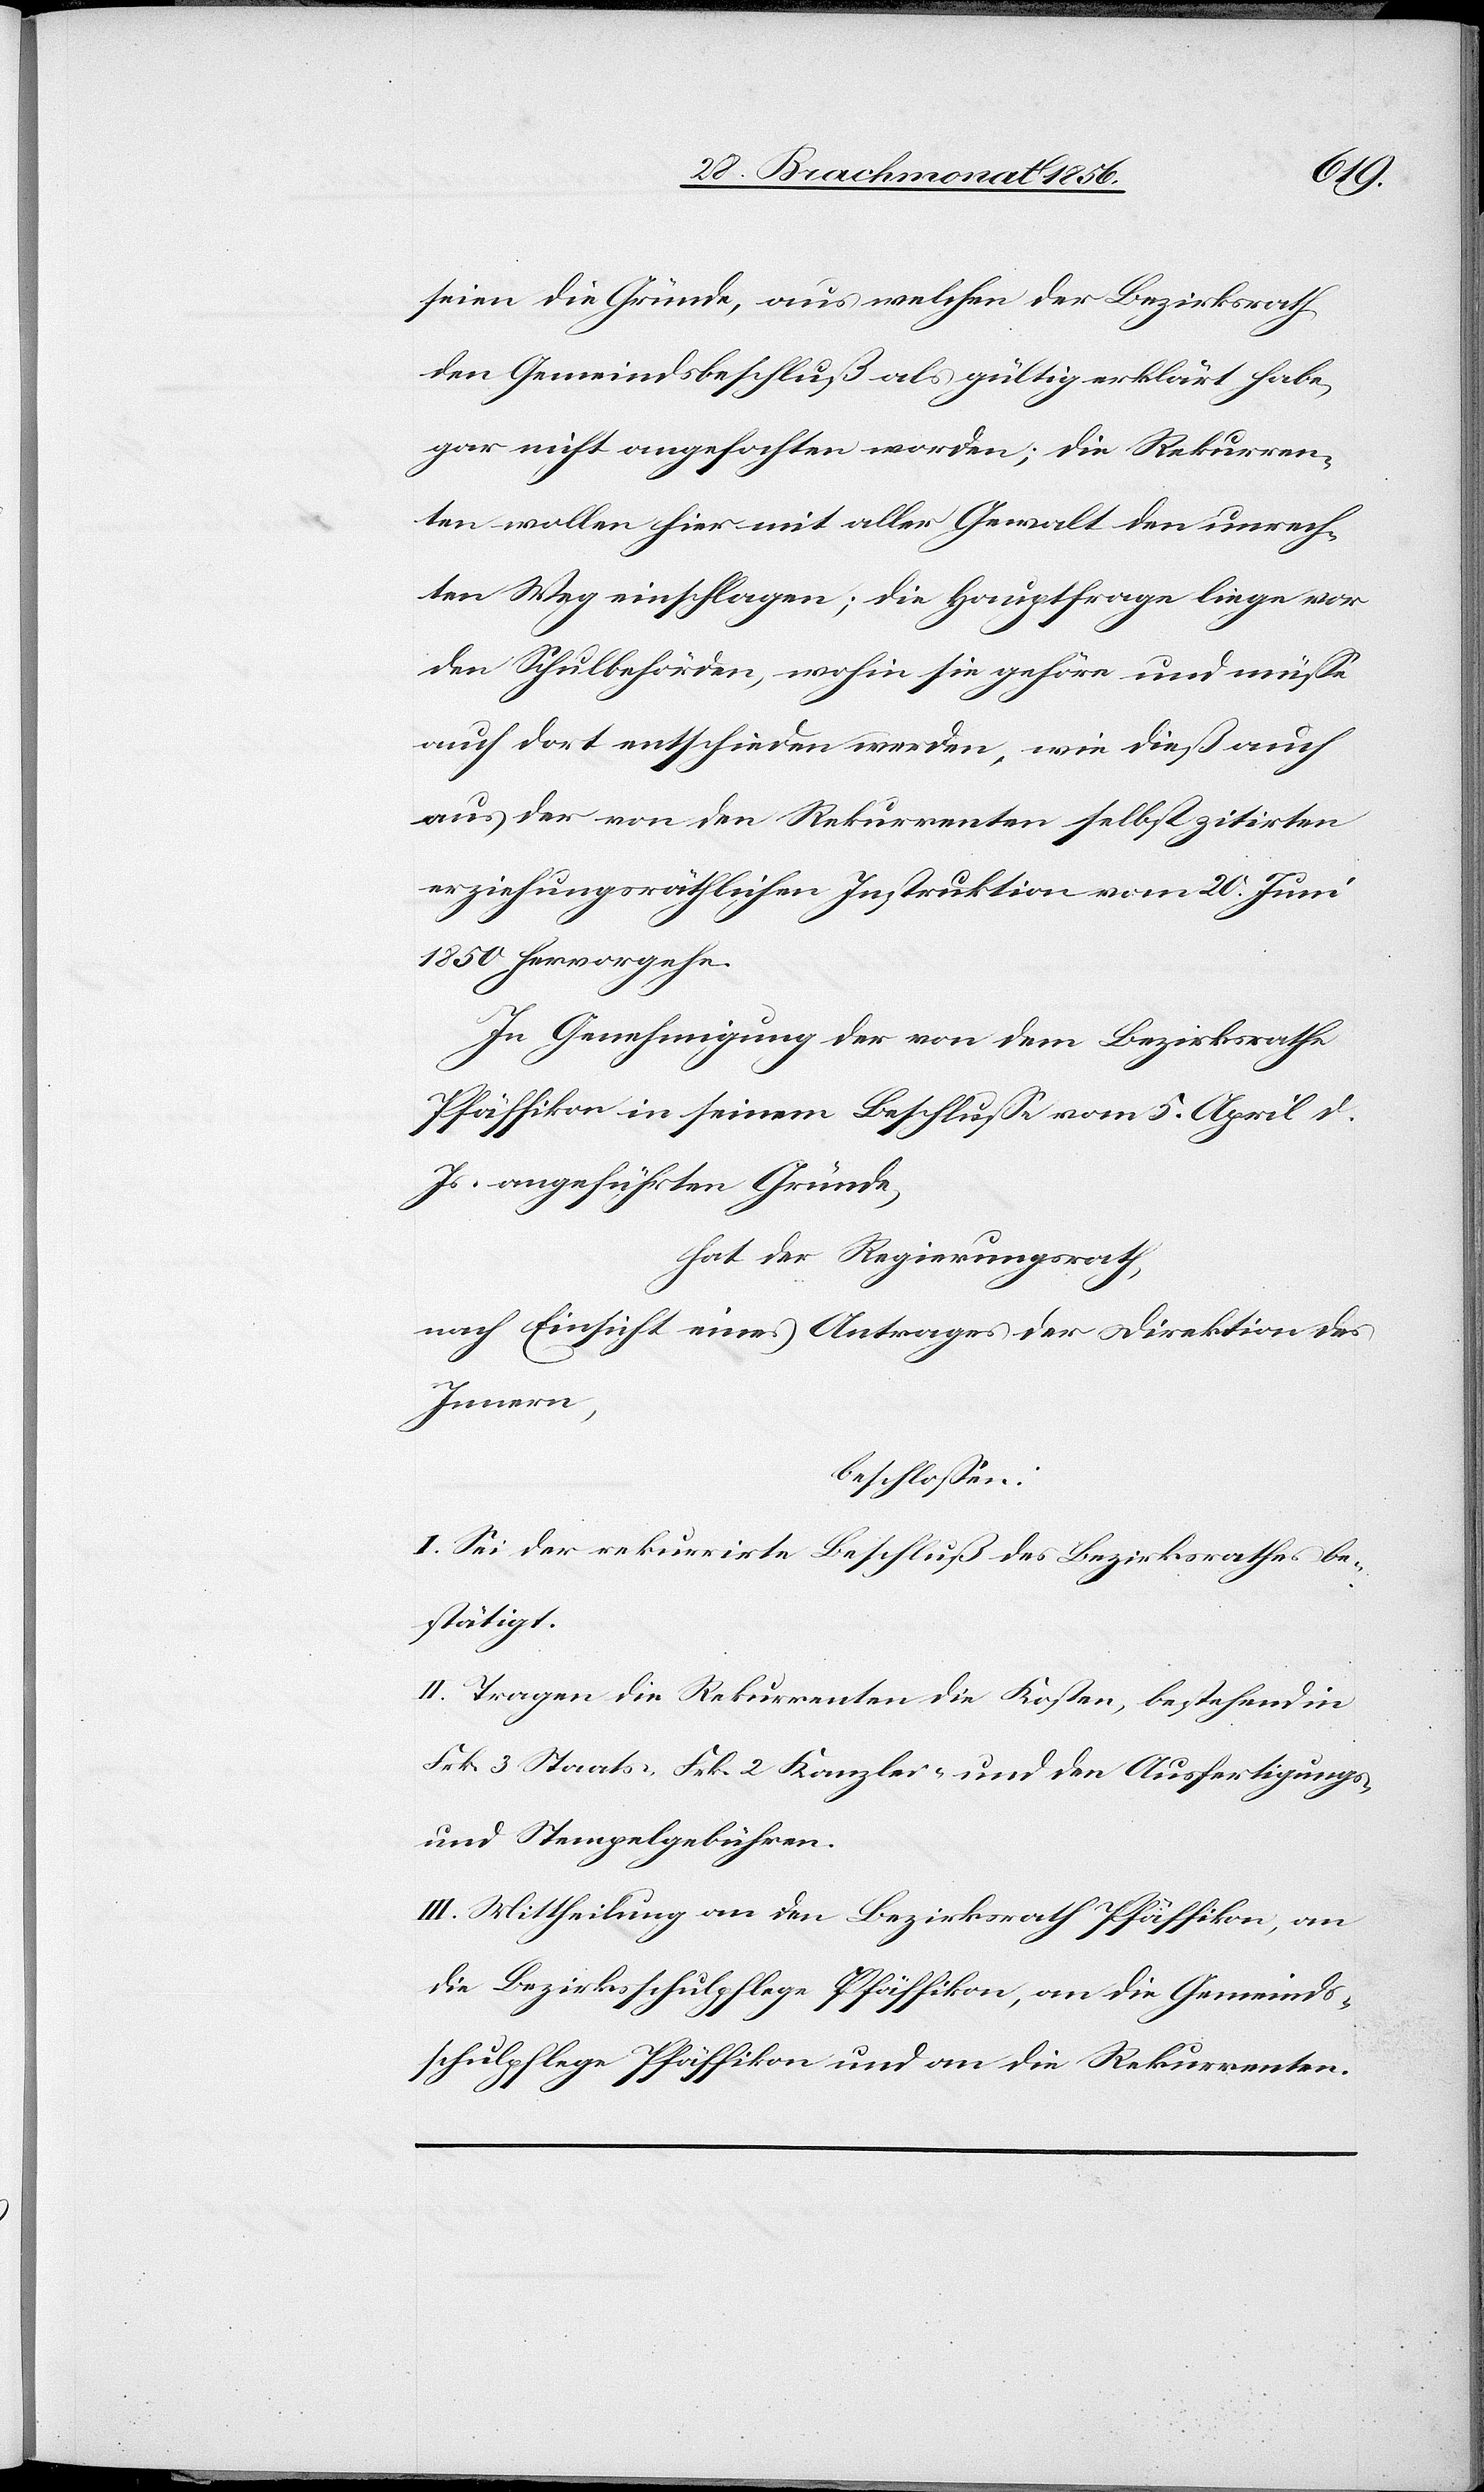
seien die Gründe, aus welchen der Bezirksrath
den Gemeindsbeschluß als gültig erklärt habe,
gar nicht angefochten worden; die Rekurren¬
ten wollen hier mit aller Gewalt den unrech¬
ten Weg einschlagen; die Hauptfrage liege vor
den Schulbehörden, wohin sie gehöre und müsse
auch dort entschieden werden, wie dieß auch
aus der von den Rekurrenten selbst zitirten
erziehungsräthlichen Instruktionen vom 20. Juni
1850 hervorgehe.
In Genehmigung der von dem Bezirksrathe
Pfäffikon in seinem Beschlusse vom 5. April d.
Js. angeführten Gründe,
hat der Regierungsrath,
nach Einsicht eines Antrages der Direktion des
Innern,
beschlossen:
I. Sei der rekurrirte Beschluß des Bezirksrathes be¬
stätigt.
II. Tragen die Rekurrenten die Kosten, bestehend in
Frk. 3 Staats- [,] Frk. 2 Kanzlei- und den Ausfertigungs-
und Stempelgebühren.
III. Mittheilung an den Bezirksrath Pfäffikon, an
die Bezirksschulpflege Pfäffikon, an die Gemeinds¬
schulpflege Pfäffikon und an die Rekurrenten.